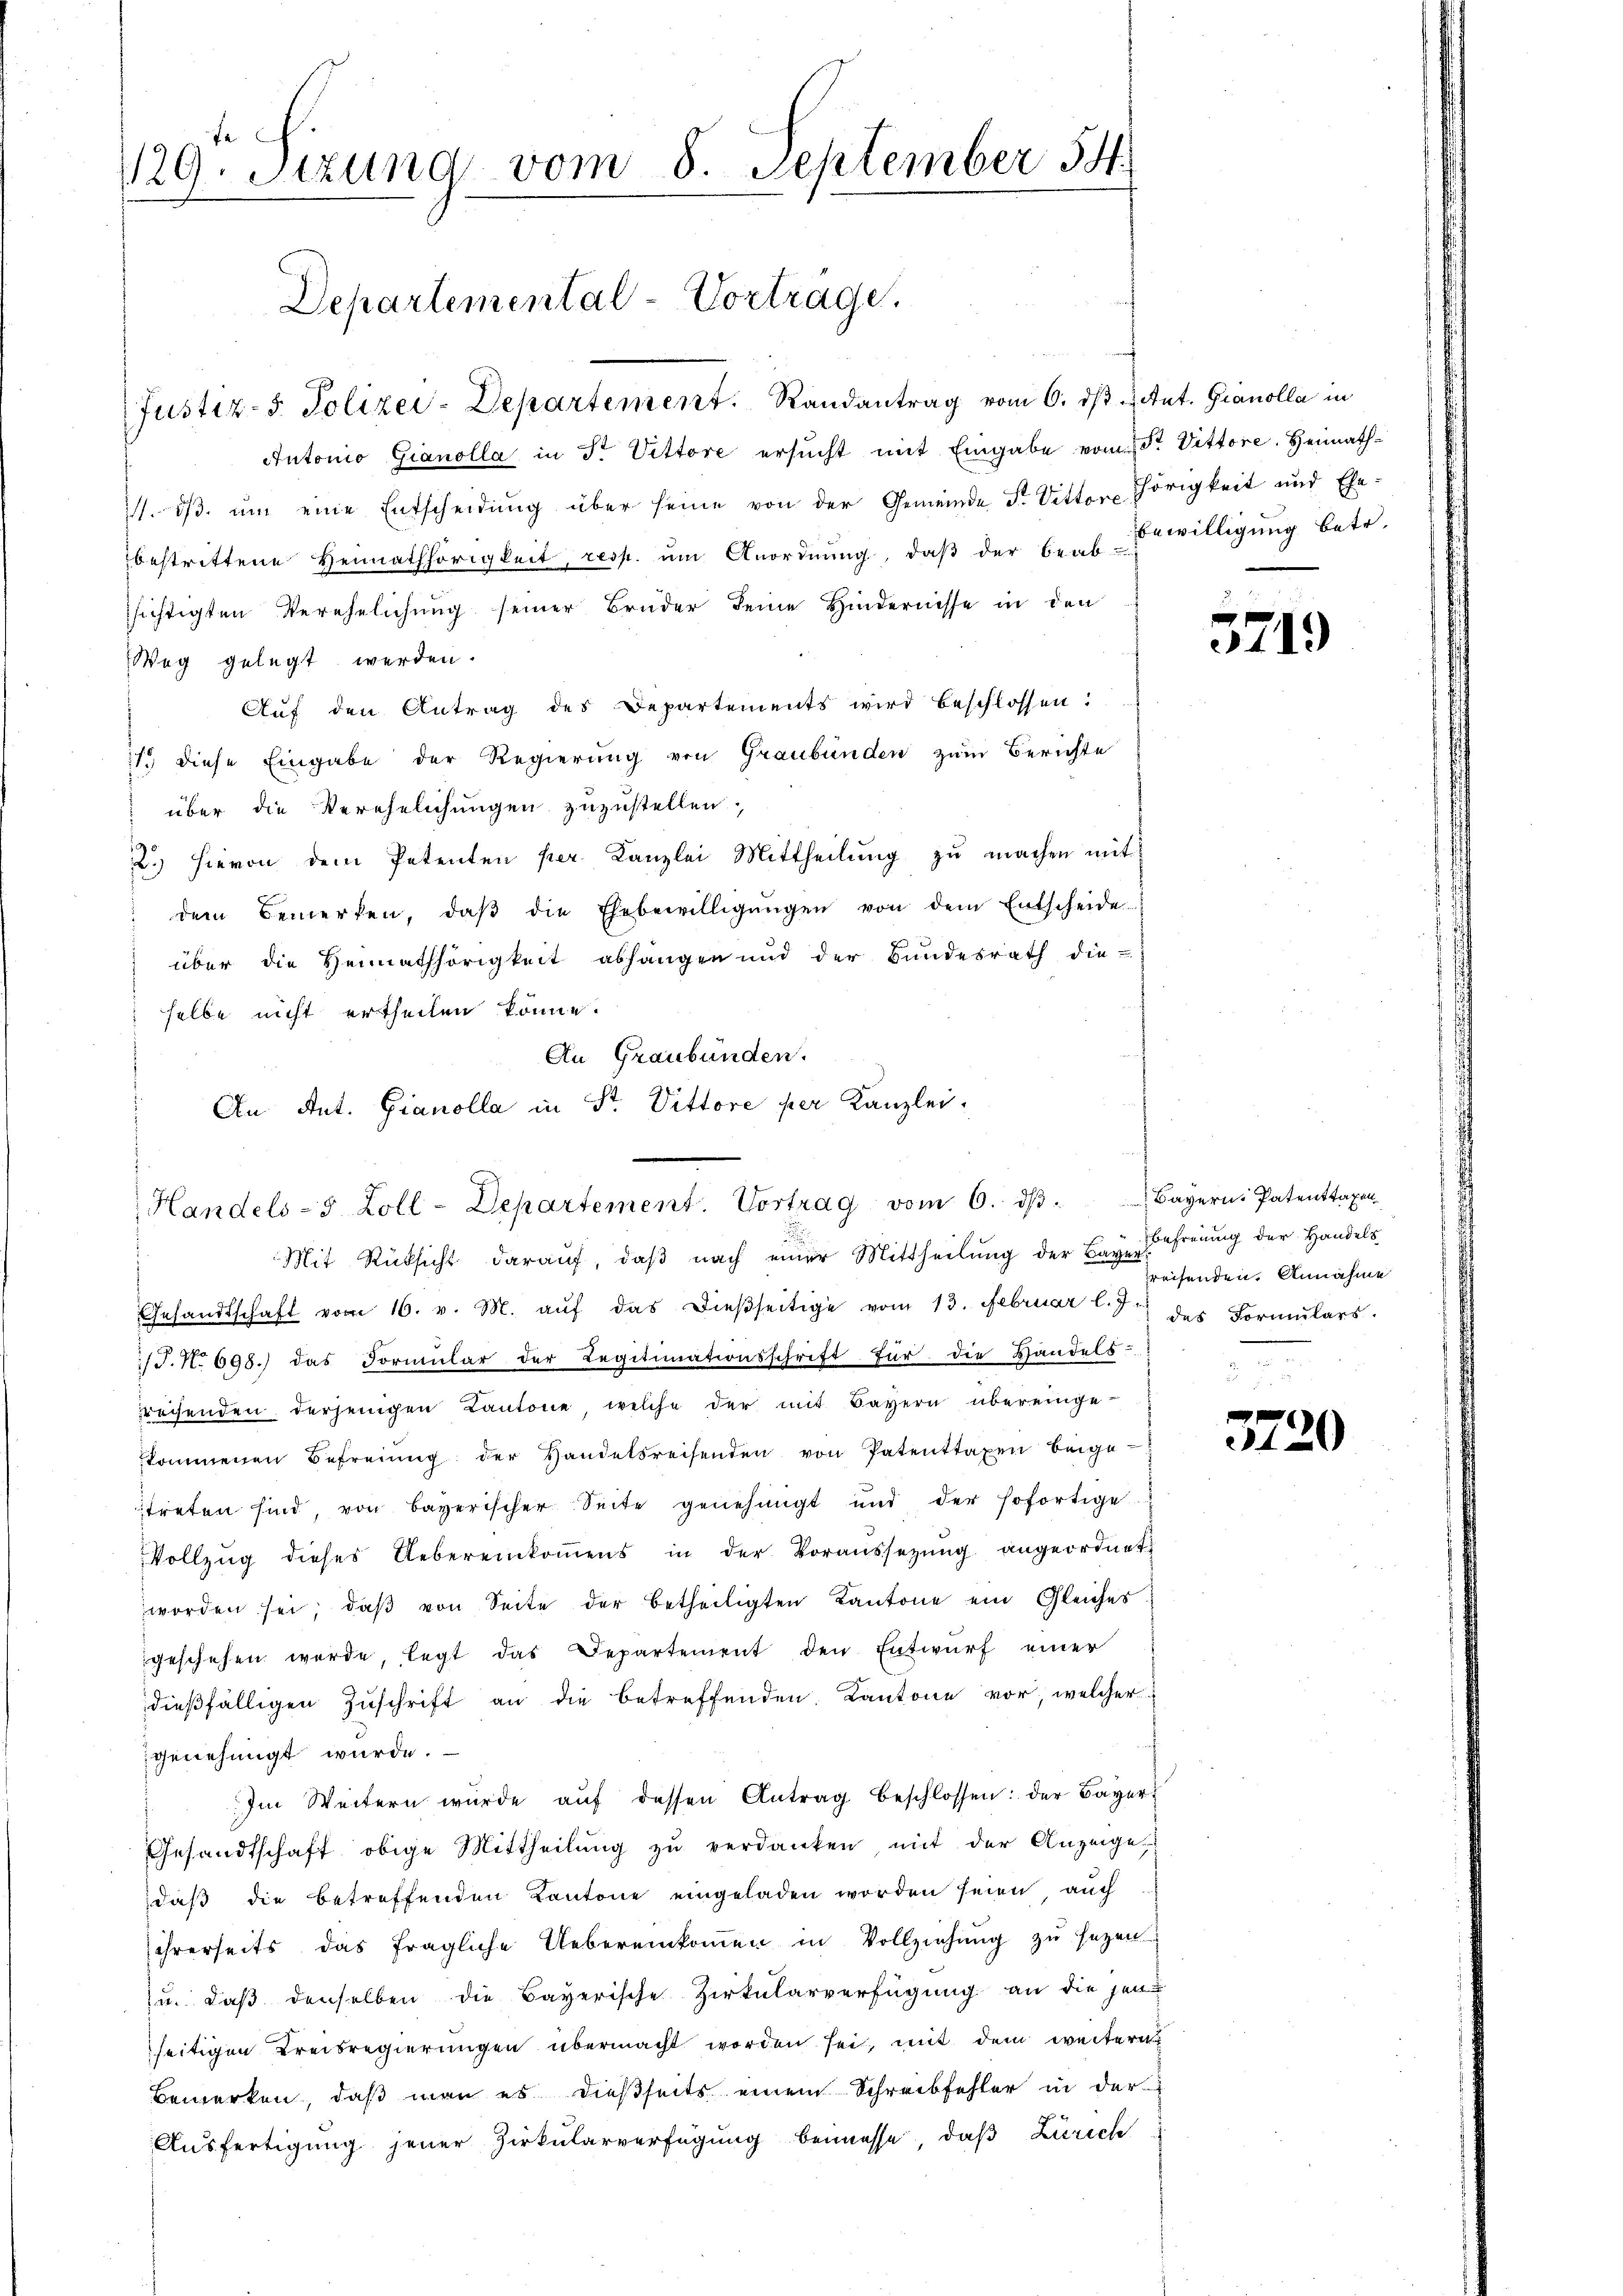
fe
29. Sizung vom 8. September 54.

Departemental-Vortrage,

Justiz- & Polizei-Departement. Randantrag vom 6. ds tut. Granolla in
Autonio Gianolla in Fr. Vettore ersucht mit Eingabe vom Str. Vittore. Heimath¬
11. dβ. ŭm eine Entscheidŭng über seine von der Gemeinde F. Vittor thörigkeit und Ehe-
bestrittene Heimathörigkeit, resp. ŭm Anordnŭng, daβ der benbewilligŭng betr.
sichtigten Verehelichung seiner Bruder seine Hindernisse in den
Weg gelegt werden.
Aŭf den Antrag des Departements wird beschlossen:
11. diese Eingabe der Regierung von Graubünden zum Berichte
über die Verehelichungen zuzustellen.
2.) Hievon dem Petenten per Kanzlei Mittheilung zu machen mit
 dem Bemerken, daβ die Ehebewilligŭngen von dem Entscheide
über die Heimathörigkeit abhangen und der Bŭndesrath die
selbe nicht ertheilen könne.
Mit Rücksicht darauf, daβ nach einer Mittheilŭng der Bey Freiung der Handels
Gesandtschaft vom 16. v. M. aŭf das dieβseitige vom 13. Februar l. J. des Formŭlars.
/J.N. 698.) das Formŭlar der Legitimationsschrift für die Handels-
rechenden derjenigen Kantone welche der mit Bayern übereinge-
kommenen Befreiung der Handelsreisenden von Patenttaxen beigetreten sind, von Bayerischer Seite genehmigt und der sofortige
Vollzŭg dieses Uebereinkoṁens in der Voraussetzŭng angeordnet,
worden sei, daβ von Seite der betheiligten Kantone ein Gleiches
geschehen werde, legt das Departement den Entwurf einer
dieβfälligen Zŭschrift an die betreffenden. Kantone vor, welcher
genehmigt wurde.
Im Weitern würde aŭf dessen Antrag beschlossen: der Bayer
Gesandtschaft obige Mittheilung zu verdanken, mit der Anzeige,
daß die betreffenden Kantone eingeladen worden seien, auch
ihrerseits das fragliche Uebereinkommen in Vollziehung zu sezen
u. daß denselben die Bayerische Zirkularverfügung an die jen
seitigen Kreisregierungen übermacht worden sei, mit dem weitern
Bemerken, daß man es dießseits einem Schreibfehler in der
Ausfertigung jener Zirkularverfügung bemesse, daß Zürich

An Graubünden.
An Ant. Gianolla in St. Vittore per Kanzlei.
Handels- 5 Zoll-Departement. Vortrag vom 6. dβ. Bayern. Patenttaxen

52

37

1)

preisenden Annahme

0